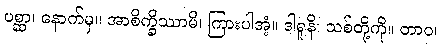
ပစ္ဆာ၊ နောက်မှ။ အာစိက္ခိဿာမိ၊ ကြားပါအံ့။ ဒါရူနိ၊ သစ်တို့ကို။ တာဝ၊